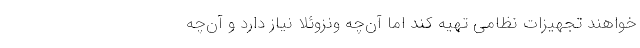
خواهند تجهیزات نظامی تهیه کند اما آن‌چه ونزوئلا نیاز دارد و آن‌چه